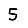
Digit: 5